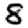
Digit: 8